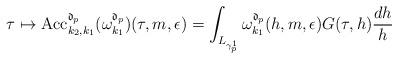
LaTeX: \begin{align*}\tau \mapsto \mathrm{Acc}_{k_{2},k_{1}}^{\mathfrak{d}_{p}}(\omega_{k_1}^{\mathfrak{d}_{p}})(\tau,m,\epsilon) =\int_{L_{\gamma_{p}^{1}}} \omega_{k_1}^{\mathfrak{d}_{p}}(h,m,\epsilon) G(\tau,h) \frac{dh}{h}\end{align*}